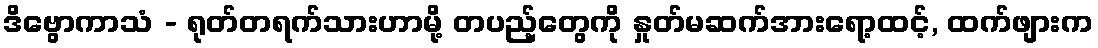
ဒိဗွောကာသံ - ရုတ်တရက်သားဟာမို့ တပည့်တွေကို နှုတ်မဆက်အားရော့ထင့်, ထက်ဖျားက